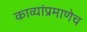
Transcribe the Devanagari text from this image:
काव्यांप्रमाणेच